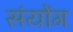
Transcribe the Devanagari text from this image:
संयोंग